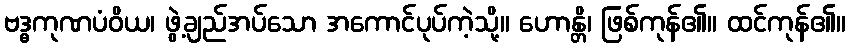
ဗဒ္ဓကုဏပံဝိယ၊ ဖွဲ့ချည်အပ်သော အကောင်ပုပ်ကဲ့သို့။ ဟောန္တိ၊ ဖြစ်ကုန်၏။ ထင်ကုန်၏။